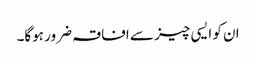
ان کو ایسی چیز سے افاقہ ضرور ہوگا۔